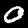
Digit: 0